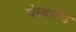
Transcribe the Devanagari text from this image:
चेम्बरलैंड